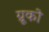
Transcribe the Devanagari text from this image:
ग्रूको